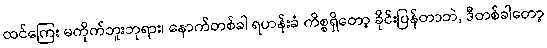
ထင်ကြေး မကိုက်ဘူးဘုရား၊ နောက်တစ်ခါ ရဟန်းခံ ကိစ္စရှိတော့ ခိုင်းပြန်တာဘဲ, ဒီတစ်ခါတော့